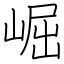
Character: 崛